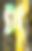
প